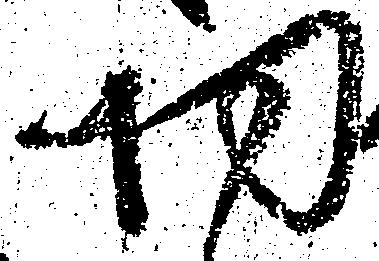
切